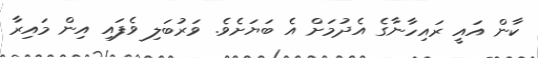
ކާން އައީ ރައިހާނާގެ އެދުމަށް އެ ބަޔަށެވެ. ވަރުބަލި ވެފައި އިން މައިރާ